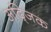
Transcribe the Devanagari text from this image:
अद्जिक